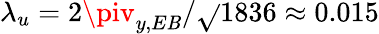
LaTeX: \lambda_{u}=2\piv_{y,E\mathit{B}}/\sqrt{}{{1836}}\approx0.015